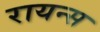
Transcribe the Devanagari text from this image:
रायन्स